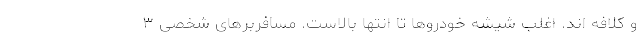
و کلافه اند. اغلب شیشه خودروها تا انتها بالاست. مسافربرهای شخصی ۳